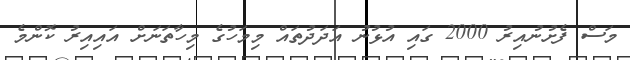
މަސް ފެށުނުއިރު 2000 ގައި އުޅުނު އަދަދުތައް މިމަހުގެ މިހާތަނަށް އައިއިރު ކޮންމެ